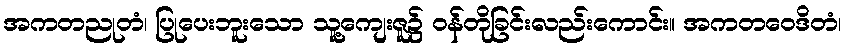
အကတညုတံ၊ ပြုပေးဘူးသော သူ့ကျေးဇူ၌ ဝန်တိုခြင်းလည်းကောင်း။ အကတဝေဒိတံ၊